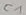
Text: C1